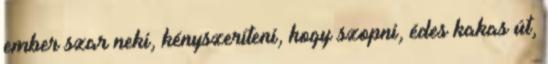
ember szar neki, kényszeríteni, hogy szopni, édes kakas út,